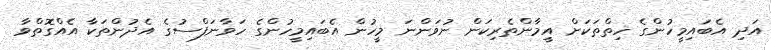
އަދި އެބައިމީހުންގެ ހިތްތަކަށް އީމާންތެރިކަން ނުވަންނަ މީހުން އެބައިމީހުންގެ ހަވާނަފްސުގެ އެދުންތަކާ އެއްގޮތްވާ